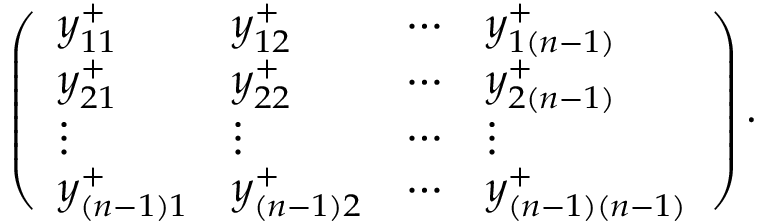
\left( \begin{array} { l l l l } { y _ { 1 1 } ^ { + } } & { y _ { 1 2 } ^ { + } } & { \cdots } & { y _ { 1 ( n - 1 ) } ^ { + } } \\ { y _ { 2 1 } ^ { + } } & { y _ { 2 2 } ^ { + } } & { \cdots } & { y _ { 2 ( n - 1 ) } ^ { + } } \\ { \vdots } & { \vdots } & { \cdots } & { \vdots } \\ { y _ { ( n - 1 ) 1 } ^ { + } } & { y _ { ( n - 1 ) 2 } ^ { + } } & { \cdots } & { y _ { ( n - 1 ) ( n - 1 ) } ^ { + } } \end{array} \right) .